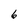
Character: 6